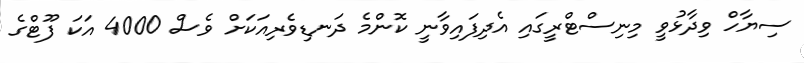
ސިޔާހް ވިދާޅުވީ މިނިސްޓްރީގައި އެދިފައިވާނީ ކޮންމެ ދަނޑިވެރިއަކަށް ވެސް 4000 އަކަ ފޫޓްގެ